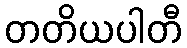
တတိယပါတီ